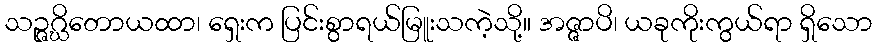
သဉ္ဇဂ္ဃိတောယထာ၊ ရှေးက ပြင်းစွာရယ်မြူးသကဲ့သို့။ အဇ္ဇာပိ၊ ယခုကိုးကွယ်ရာ ရှိသော